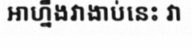
អាហ្នឹងវាងាប់នេះ វា